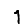
Digit: 1